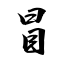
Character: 冒